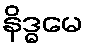
နိဒ္ဓမေ